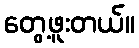
တွေ့ဖူးတယ်။